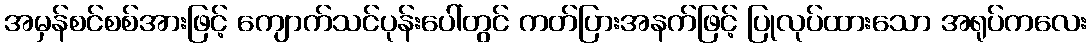
အမှန်စင်စစ်အားဖြင့် ကျောက်သင်ပုန်းပေါ်တွင် ကတ်ပြားအနက်ဖြင့် ပြုလုပ်ထားသော အရုပ်ကလေး